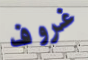
غروف